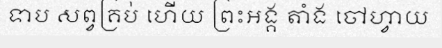
ទាប សព្វគ្រប់ ហើយ ព្រះអង្គ តាំង ចៅហ្វាយ